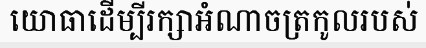
យោធាដើម្បីរក្សាអំណាចត្រកូលរបស់